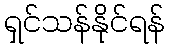
ရှင်သန်နိုင်ရန်